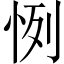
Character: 㤡